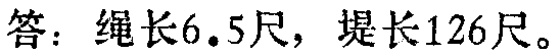
答：绳长\(6.5\)尺，堤长\(126\)尺。